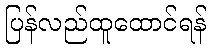
ပြန်လည်ထူထောင်ရန်